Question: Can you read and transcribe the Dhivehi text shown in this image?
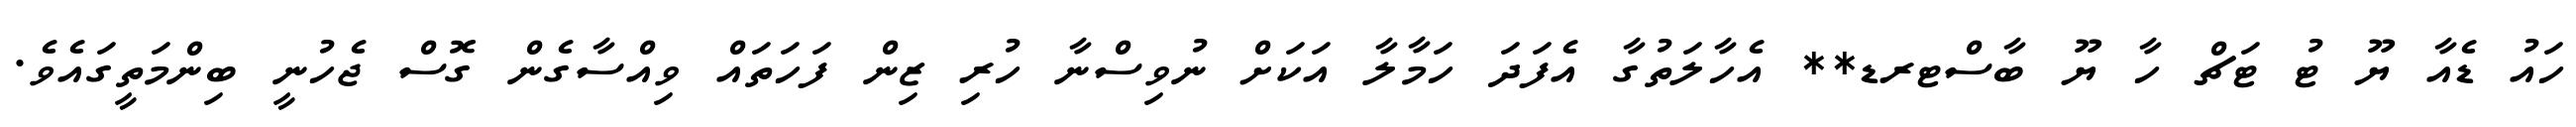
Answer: ހައު ޑެއާ ޔޫ ޓު ޓަޗް ހާ ޔޫ ބާސްޓރޑ** އެހާލަތުގާ އެފަދަ ހަމާލާ އަކަށް ނުވިސްނާ ހުރި ޒިން ފަހަތައް ވިއްސާގެން ގޮސް ޖެހުނީ ބިންމަތީގައެވެ.